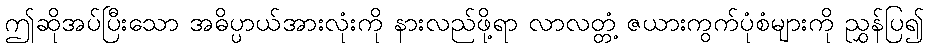
ဤဆိုအပ်ပြီးသော အဓိပ္ပာယ်အားလုံးကို နားလည်ဖို့ရာ လာလတ္တံ့ ဇယားကွက်ပုံစံများကို ညွှန်ပြ၍